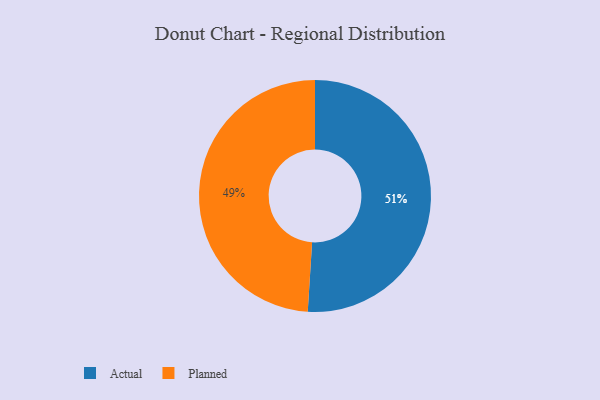
{"axis": {"x": "Category", "y": "Percentage"}, "legend": ["Actual", "Planned"], "data": [{"x": "Planned", "y": 49, "type": "Planned"}, {"x": "Actual", "y": 51, "type": "Actual"}]}